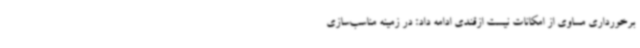
برخورداری مساوی از امکانات نیست ازقندی ادامه داد: در زمینه مناسب‌سازی